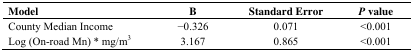
<table><thead><tr><td><b>Model</b></td><td><b>B</b></td><td><b>Standard Error</b></td><td><b><i>P</i> value</b></td></tr></thead><tbody><tr><td>County Median Income</td><td>−0.326</td><td>0.071</td><td>&lt;0.001</td></tr><tr><td>Log (On-road Mn) * mg/m<sup>3</sup></td><td>3.167</td><td>0.865</td><td>&lt;0.001</td></tr></tbody></table>